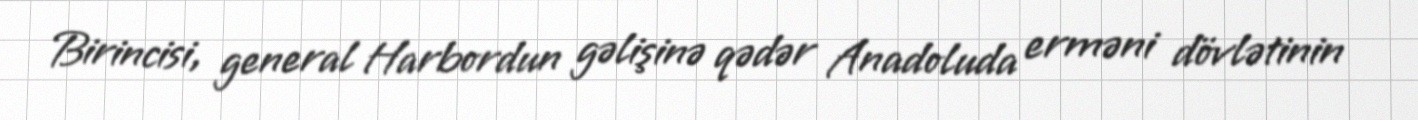
Birincisi, general Harbordun gəlişinə qədər Anadoluda erməni dövlətinin